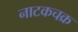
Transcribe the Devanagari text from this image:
नाटकचक्र